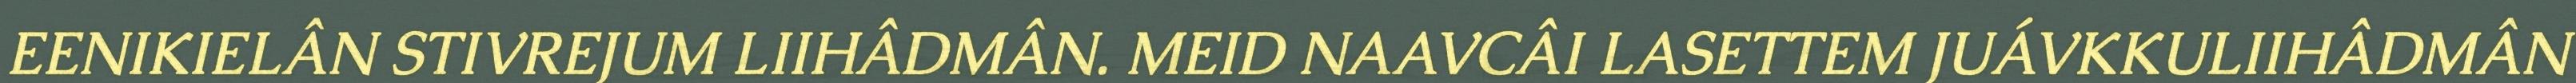
EENIKIELÂN STIVREJUM LIIHÂDMÂN. MEID NAAVCÂI LASETTEM JUÁVKKULIIHÂDMÂN